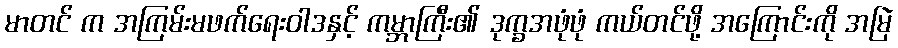
မာတင် က အကြမ်းမဖက်ရေးဝါဒနှင့် ကမ္ဘာကြီး၏ ဒုက္ခအဖုံဖုံ ကယ်တင်ဖို့ အကြောင်းကို အမြဲ